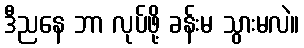
ဒီညနေ ဘာ လုပ်ဖို့ ခန်းမ သွားမလဲ။